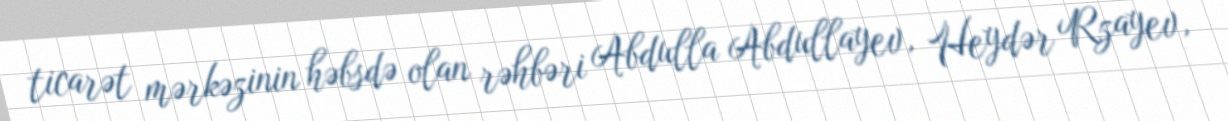
ticarət mərkəzinin həbsdə olan rəhbəri Abdulla Abdullayev, Heydər Rzayev,